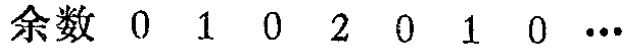
余数 \(0\ 1\ 0\ 2\ 0\ 1\ 0\cdots\)